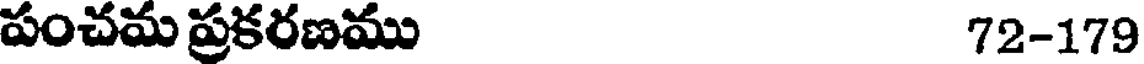
పంచమ ప్రకరణము 72-179